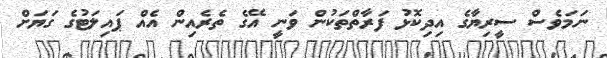
ނަމަވެސް ސީރިޔާގެ އިދިކޮޅު ފަރާތްތަކުން ވަނީ އޭގެ ތެރެއިން އެއް ޕައިލަޓުގެ ގަޔަށް